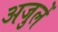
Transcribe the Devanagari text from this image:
अजुलें